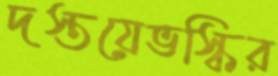
দস্তয়েভস্কির